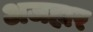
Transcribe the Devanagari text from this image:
अजहार